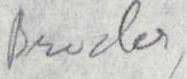
Broder,